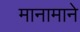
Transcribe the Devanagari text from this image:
मानामाने